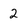
Character: 2